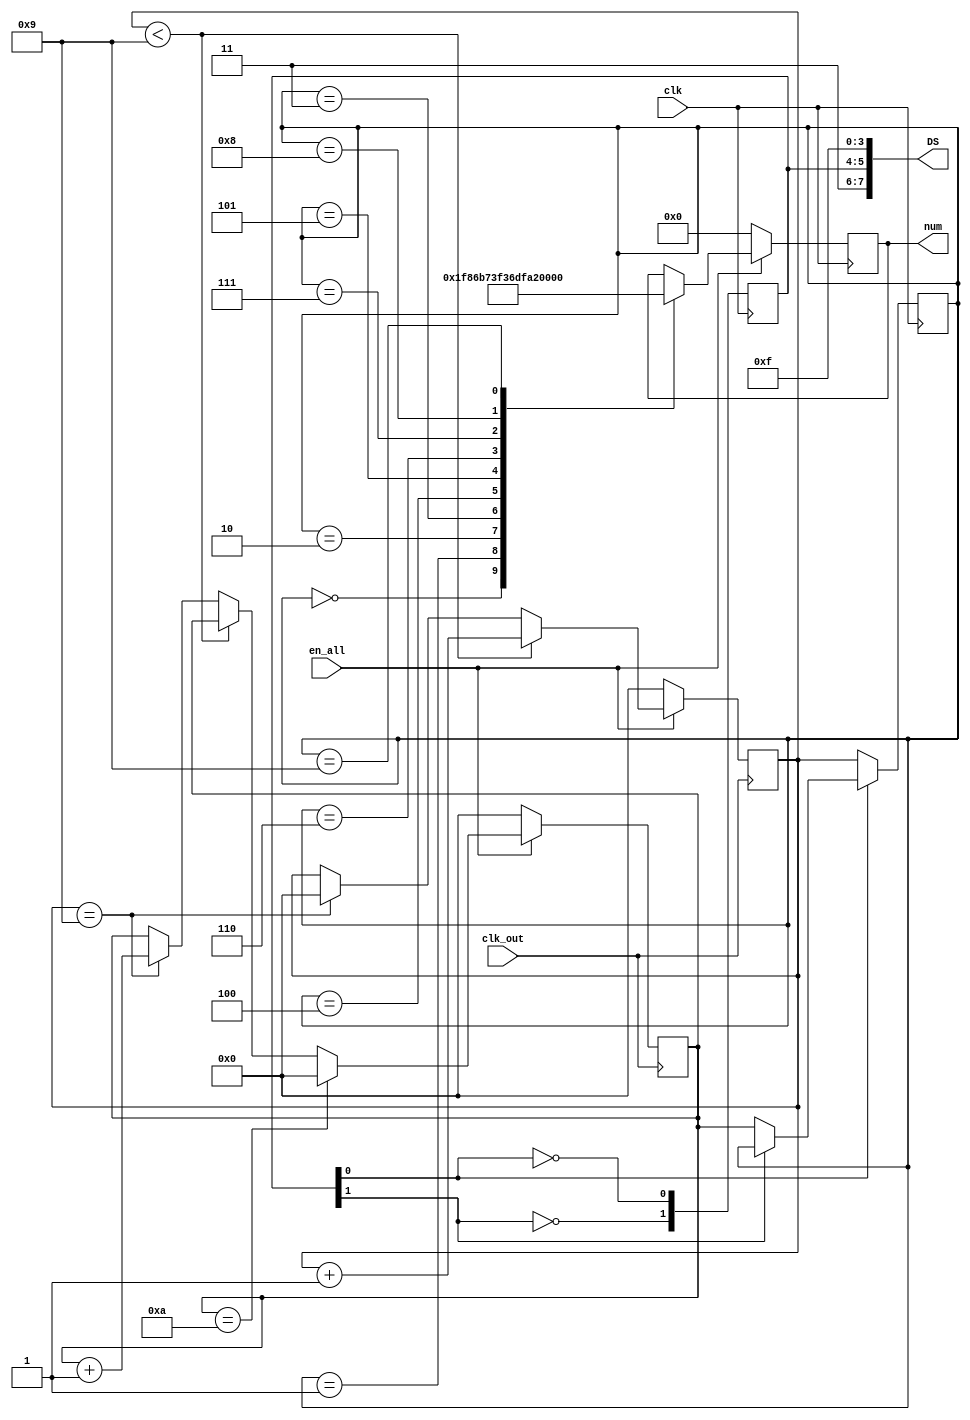
module num(en_all,clk,clk_out,num,DS);
	input en_all;
	input clk;
	input clk_out;
	
	output reg [6:0]num;
	
	
	reg [4:0]cnt_left;
	reg [4:0]cnt_right;
	reg [4:0]cnt;
	output reg [7:0]DS;

	initial begin 
		DS = 8'b1110_1111;
		
		cnt_left = 4'b0;
		cnt_right = 4'b0;
	end
	
	always@(posedge clk)begin
		
		DS[4] <= ~DS[4];
		DS[5] <= ~DS[5];
		
	end
	always@(posedge clk_out)begin
		if(en_all)begin
			if(cnt_right < 4'b1001)
				cnt_right = cnt_right + 1;
			else if(cnt_right == 4'b1001)begin
				cnt_right <= 4'b0;
				cnt_left <= cnt_left + 1;
			end
			if(cnt_left == 4'b1010)begin
				cnt_left <= 4'b0000;
			end	
		end
		if(!en_all)begin
			cnt_left <= 0;
			cnt_right <= 0;
		end
	end
	always@(posedge clk)begin
		if(en_all)begin
			case(cnt)
				4'b0000: num = 7'h3f;
				4'b0001: num = 7'h06;
				4'b0010: num = 7'h5b;
				4'b0011: num = 7'h4f; 
				4'b0100: num = 7'h66;
				4'b0101: num = 7'h6d;
				4'b0110: num = 7'h7d;
				4'b0111: num = 7'h07;
				4'b1000: num = 7'h7f;
				4'b1001:	num = 7'h6f;
			endcase		
		end
		else if(!en_all)
			num = 7'b0000000;
	end
	
	always@(posedge clk)begin
		if(DS[4] == 0)
			cnt = cnt_right;
		else if(DS[5] == 0)
			cnt = cnt_left;
		
	end
endmodule